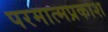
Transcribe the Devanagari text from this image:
परमात्मप्रकाश